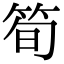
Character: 筍